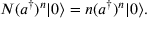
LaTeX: N ( a ^ { \dagger } ) ^ { n } | 0 \rangle = n ( a ^ { \dagger } ) ^ { n } | 0 \rangle .